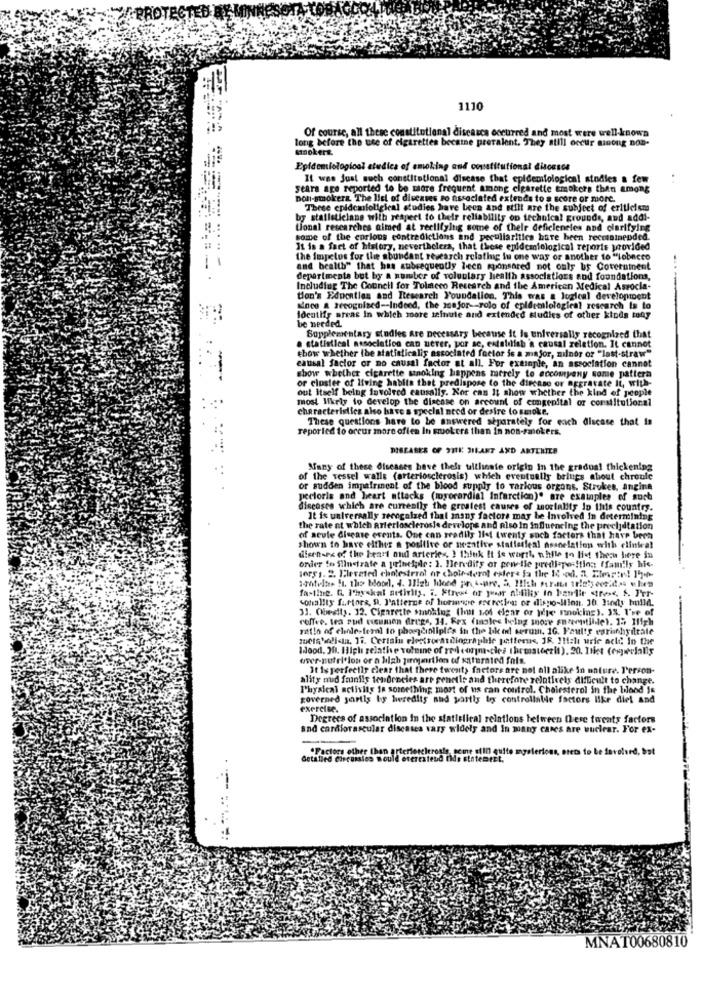
1110
long before the use of cigarettes became prevalent. They still occur minong non-
Of course, all these constitutional discasca occurred and most were well-known
smokers.
Epidemiological atudica of smoking and owvatitutional disonsca
It was Just such constitutional disease that epidemiological studies a few
seara are reported to be more frequent among cigarette smokers then among
non-smokers The list of diseases to associated extends to a score or more.
These epidemioligical studies have been and still are the subject of criticism
by statisticiane with respect to their reliability on technical grounds, and addi-
Lionel researches aimed at reelifying some of their deficiencies and clarifying
some of the curious contradictions and peculiarities have been recetainended.
It is a fact of history, nevertheless, that these epidemiological reports provided
the impelos for the abundant research relating in one way or another to "tobacco
and health" that has subsequently leen sponsored not only bs Coverument
departments but by a number of voluntary health associations and foundations,
Including The Council for Tolneco Research and the American Medical Asrocla-
tion's Education and Research Foundation. This was a logical development
unce a recognized -- Indeed, the zonfor -- rolo of epidemiological research Is to
locatifs areas In which moore zzinute and extended studies of other kinds tony
be needed.
Supplementary stodles Are necessary because it is universally recognized that
a statistical association can uever, por sc, establish a causal relation. It cannot
causal factor or no causal factor at all. For example, an association cannot
chow whether the statisticalis associated factor is a major, milner or "last-straw"
show whether cigarette smoking happens merely to eccompany some pattern
out itself being involved causaliy. Kor can It show whether the kind of people
or cluster of living habite that predispose to the disease or aggravate It, with-
most likely to develop the disease on account of congenital or constitutional
characteristics also have a special need or desire to saroke.
These questions have to be answered separately for each discase that is
reported to occur more often In mruokers than In non-sansokers.
DISEASES OF 211K 31FAKT AND ARTERIES
Many of these diseases have thels ultheste origin In the gradual thickening
of the vessel walle (arteriosclerosis) which eventually brings about chroule
or sudden impafrinent of the blood supply to various orgons. Strokes, angina
pectoris and heart attacks (myocardial Infarction)" are examples of such
diseases which are currently the greatest causes of mortality in this country.
It is universally recognized that ansus factore may be Involved In determining
the rate at which arteriosclerosis develops and Also in influencing the precipitation
of seule disease events. One can sradily list twenty such factors that have been
shown to have either a positive or negative statistfeal assnelation with clinical
dicen-es of the heart and arteries, I think It is worth, nhlle to list theou here in
onder to Silnetrate a principle: 2. Heredity or prnetfe predi-po tting (family his-
jorF1. 2. Elevated cholesterol or choir-derat esters fa the 1 -od. 2. Eirastr! 153
fastine. G. I'myskal activity. i. Ftrest or year alfiliy In banlie Stress, A. Per-
sonality factors, 9. J'atterne of hormone escretiout or dispo-illon, 30. Jindy hulld.
31. Obesity. 12. Cigarette smoking (hal 104 elgar or jolje manoking). 3%. I've of
coffee, tea pud tucumen drugs, 14. Rex (males helng snore En nevntillet. 15 High
rittlo af elendesferal to phoreinlipi's in the bk od serum, 1G. Faults earianhydrate
Idood, Jf. High relathe vofnine of red conm.cles themstoczit). 20. Itist (egycially
over-nutel'lon or a lilah jiropartien of saturated fats.
It Is perfectly clear that there twest> factors are not all alike in nature. Person-
ality nud frunils tendencies are genetic and therefore relatively difficult to change.
Physical activity is something most of us can control. Cholesterol in the blood Is
governed sartly by husedits and partly by controllable factors like diet and
exercise.
Degrees of association in the statistical relations between Qhere twents factors
and cardiovascular diseases vary widely and In many cases are wuclear. For ex-
"Factors other than arteriosclerosis, semp f
quite mysterious, stets to be farelsed, bst
Getalled discussies Would everextend tids state
DEL.
MNAT00680810